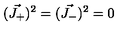
( \vec { J _ { + } } ) ^ { 2 } = ( \vec { J _ { - } } ) ^ { 2 } = 0